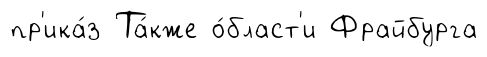
пр'ика́з Та́кже о́бласт'и Фрайбурга